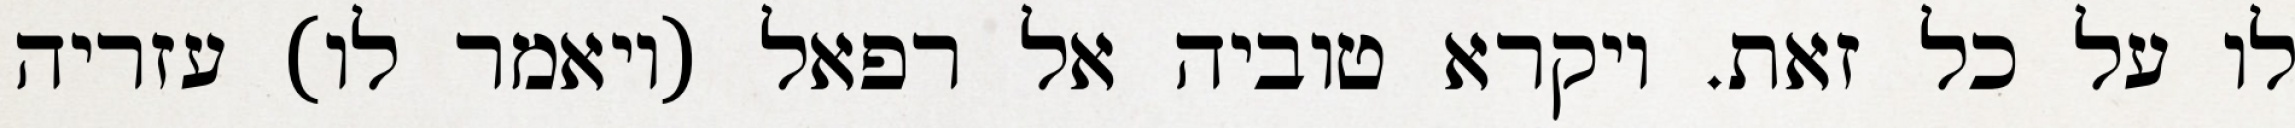
לו על כל זאת. ויקרא טוביה אל רפאל (ויאמר לו) עזריה